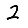
Digit: 2